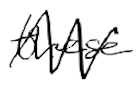
Text: these
Cross-out: zig-zag
Writing tool: digital_black